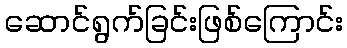
ဆောင်ရွက်ခြင်းဖြစ်ကြောင်း